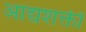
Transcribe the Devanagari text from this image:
आद्यशक्ती